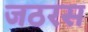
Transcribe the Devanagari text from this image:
जठरस